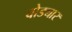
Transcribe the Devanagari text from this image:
वोड्यार